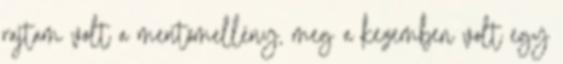
rajtam volt a mentőmellény, meg a kezemben volt egy